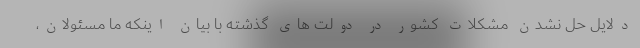
دلایل حل نشدن مشکلات کشور در دولت های گذشته با بیان اینکه ما مسئولان،